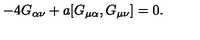
- 4 G _ { \alpha \nu } + a [ G _ { \mu \alpha } , G _ { \mu \nu } ] = 0 .